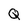
Character: Q